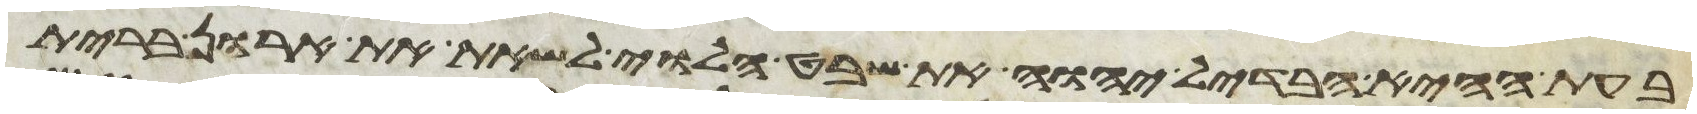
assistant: בעת ההיא הבדיל יהוה את שבט הלוי לשאת את ארון ברית